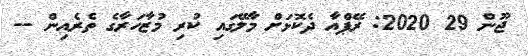
ޖޫން 29 2020: ރޭޕްއާ ދެކޮޅަށް މާލޭގައި ކުރި މުޒާހަރާގެ ތެރެއިން --